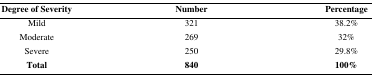
<table><thead><tr><td><b>Degree of Severity</b></td><td><b>Number</b></td><td><b>Percentage</b></td></tr></thead><tbody><tr><td>Mild</td><td>321</td><td>38.2%</td></tr><tr><td>Moderate</td><td>269</td><td>32%</td></tr><tr><td>Severe</td><td>250</td><td>29.8%</td></tr><tr><td><b>Total</b></td><td><b>840</b></td><td><b>100%</b></td></tr></tbody></table>